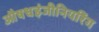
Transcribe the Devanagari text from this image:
औषधइंजीनियरिंग